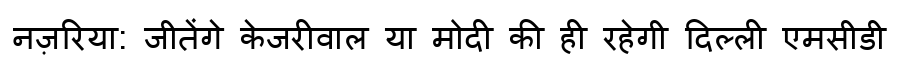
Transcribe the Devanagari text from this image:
नज़रिया: जीतेंगे केजरीवाल या मोदी की ही रहेगी दिल्ली एमसीडी